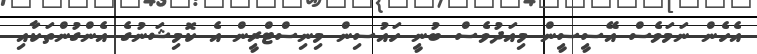
އެހެން ނަމަވެސް އޭސީސީން މިއަދުވެސް ބުނީ ހައުސިން މިނިސްޓްރީން އެ ކޮމިޝަނުގެ އެންގުންތަކާއި